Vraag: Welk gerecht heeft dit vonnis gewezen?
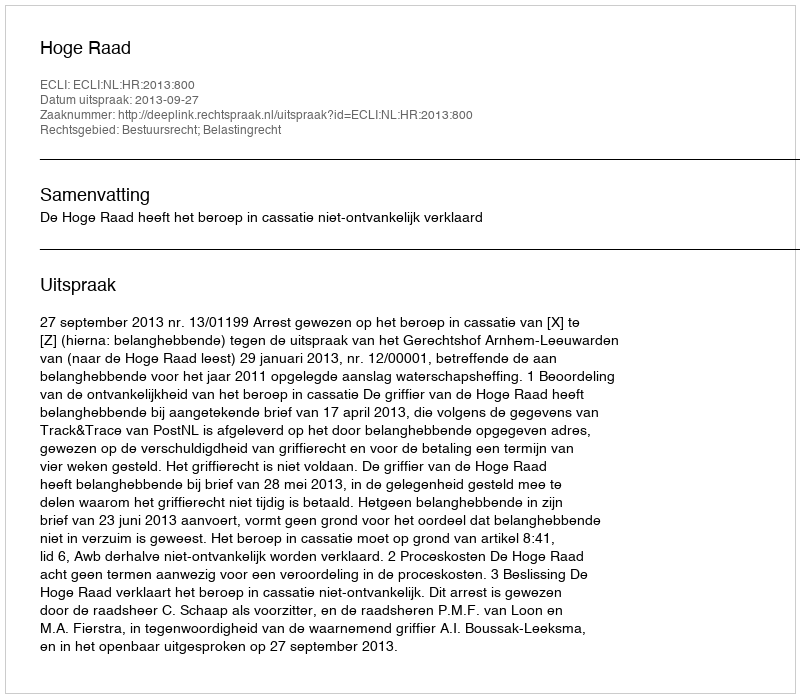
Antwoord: Hoge Raad